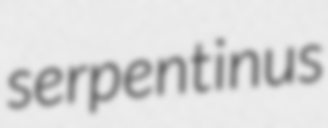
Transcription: serpentinus